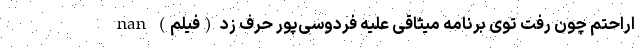
اراحتم چون رفت توی برنامه میثاقی علیه فردوسی‌پور حرف زد (فیلم) nan